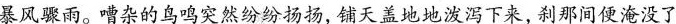
暴风骤雨。嘈杂的鸟鸣突然纷纷扬扬，铺天盖地地泼泻下来，刹那间便淹没了